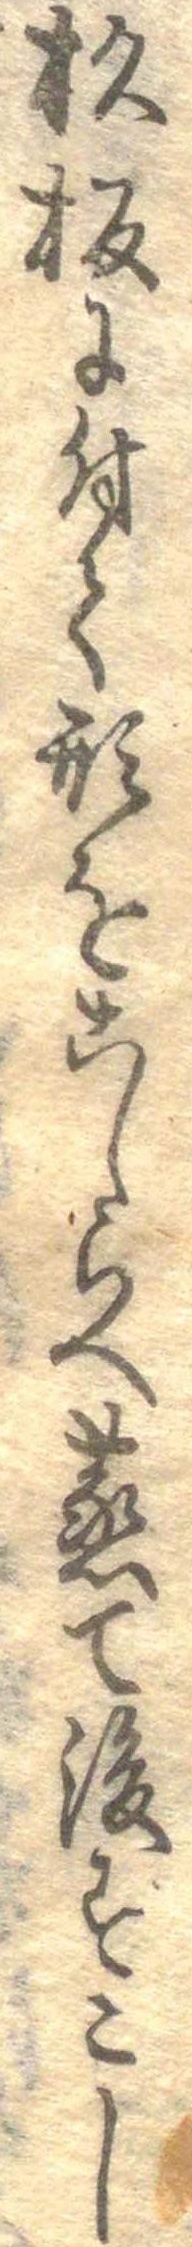
杉板に付て形をこしらへ蒸て後すこし